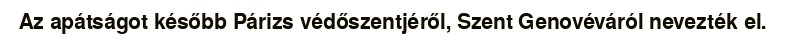
Az apátságot később Párizs védőszentjéről, Szent Genovéváról nevezték el.